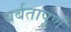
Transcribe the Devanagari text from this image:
बर्बतापूर्ण